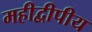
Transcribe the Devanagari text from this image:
महीद्वीपीय